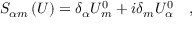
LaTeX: S _ { \alpha m } \left( U \right) = \delta _ { \alpha } U _ { m } ^ { 0 } + i \delta _ { m } U _ { \alpha } ^ { 0 } \quad ,